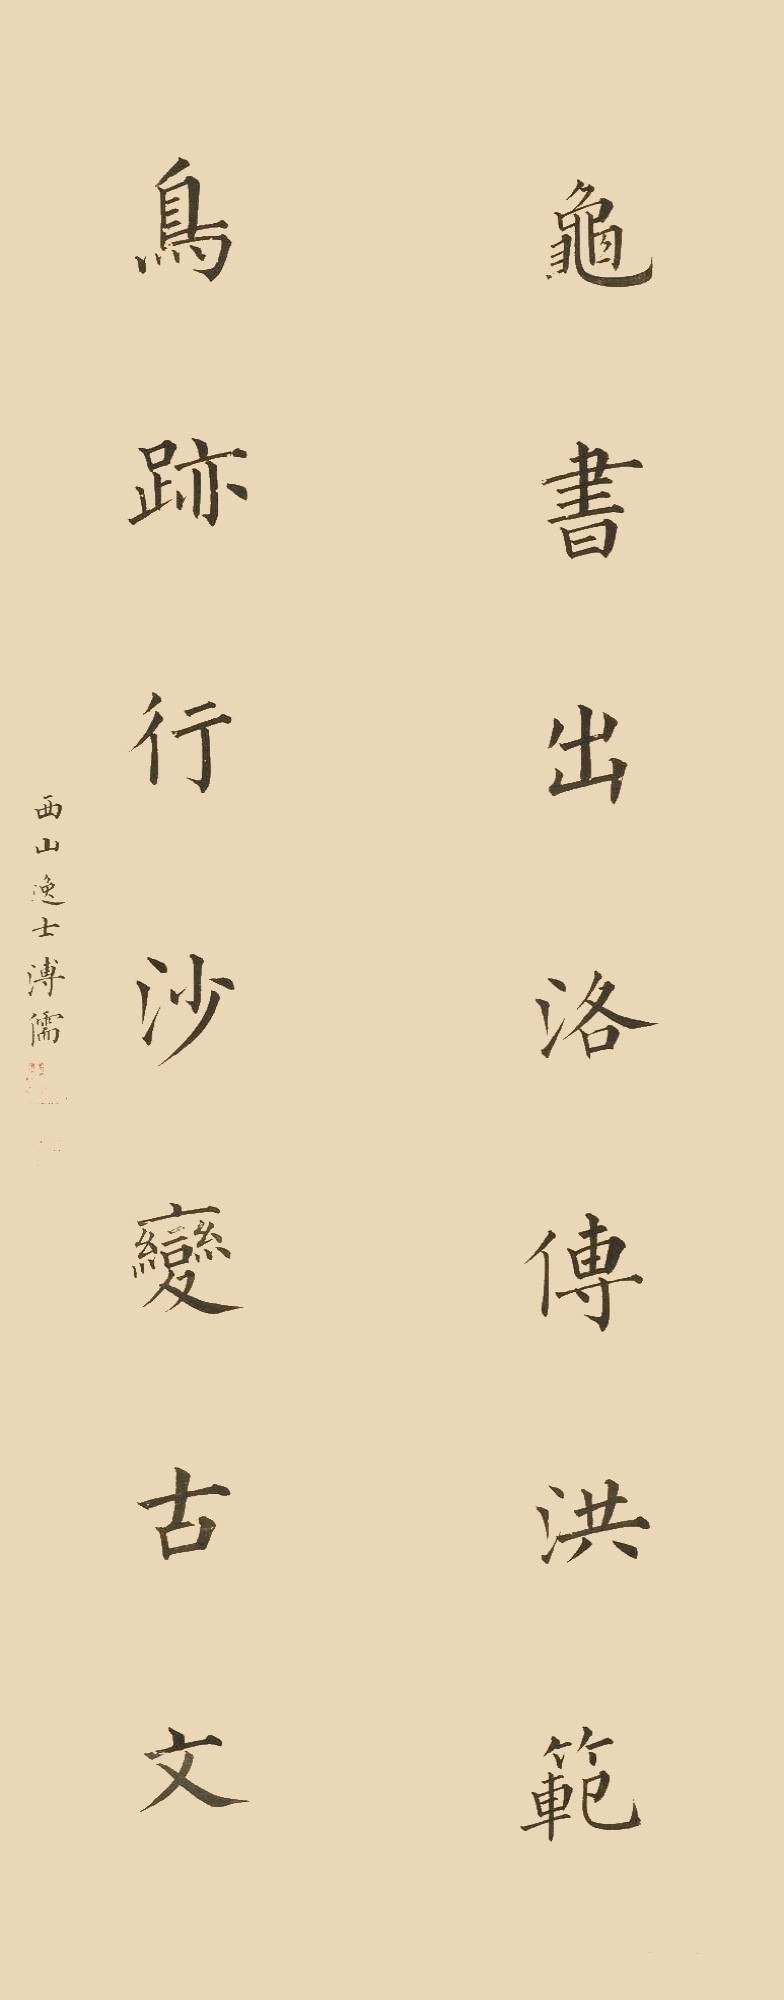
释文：龟书出洛传洪范，鸟迹行沙变古文。西山逸士溥儒。